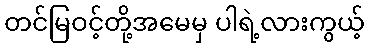
တင်မြဝင့်တို့အမေမှ ပါရဲ့လားကွယ့်